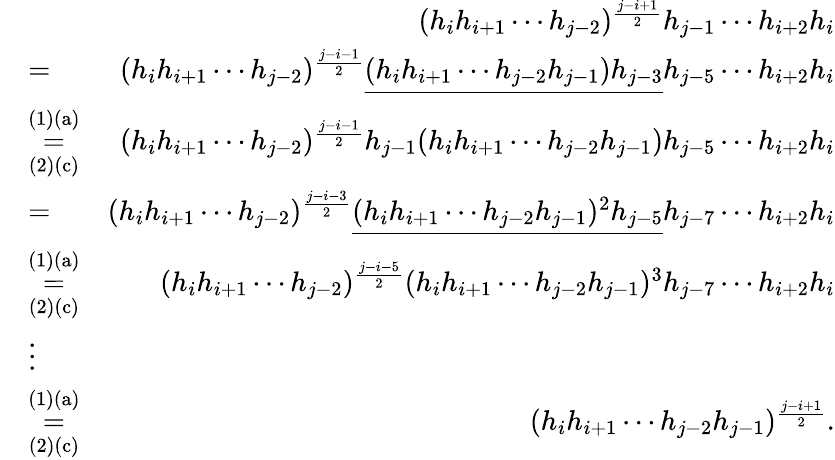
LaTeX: \begin{array}{rlr}&{}&{(h_{i}h_{i+1}\cdots h_{j-2})^{\frac{j-i+1}{2}}h_{j-1}\cdots h_{i+2}h_{i}}\\ &{=}&{(h_{i}h_{i+1}\cdots h_{j-2})^{\frac{j-i-1}{2}}\underline{{(h_{i}h_{i+1}\cdots h_{j-2}h_{j-1})h_{j-3}}}h_{j-5}\cdots h_{i+2}h_{i}}\\ &{\overset{\mathrm{(1)(a)}}{\underset{\mathrm{(2)(c)}}{=}}}&{(h_{i}h_{i+1}\cdots h_{j-2})^{\frac{j-i-1}{2}}h_{j-1}(h_{i}h_{i+1}\cdots h_{j-2}h_{j-1})h_{j-5}\cdots h_{i+2}h_{i}}\\ &{=}&{(h_{i}h_{i+1}\cdots h_{j-2})^{\frac{j-i-3}{2}}\underline{{(h_{i}h_{i+1}\cdots h_{j-2}h_{j-1})^{2}h_{j-5}}}h_{j-7}\cdots h_{i+2}h_{i}}\\ &{\overset{\mathrm{(1)(a)}}{\underset{\mathrm{(2)(c)}}{=}}}&{(h_{i}h_{i+1}\cdots h_{j-2})^{\frac{j-i-5}{2}}(h_{i}h_{i+1}\cdots h_{j-2}h_{j-1})^{3}h_{j-7}\cdots h_{i+2}h_{i}}\\ &{\vdots}&\\ &{\overset{\mathrm{(1)(a)}}{\underset{\mathrm{(2)(c)}}{=}}}&{(h_{i}h_{i+1}\cdots h_{j-2}h_{j-1})^{\frac{j-i+1}{2}}.}\end{array}